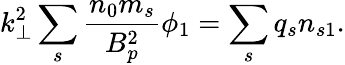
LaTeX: k_{\perp}^{2}\sum_{s}\frac{n_{0}m_{s}}{B_{p}^{2}}\phi_{1}=\sum_{s}q_{s}n_{s1}.